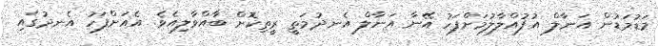
މަޑުމަޑުން އަނާލް އުފުއްލާލުމަށްފަހު އޭނާ އަނާލް އެނދުމަތީ ރީތިކޮށް ބާއްވާލިއެވެ. އެއަށްފަހު އެނދުގައި